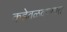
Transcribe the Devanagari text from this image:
कडेवळवण्यात